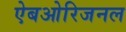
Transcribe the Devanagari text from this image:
ऐबओरिजनल